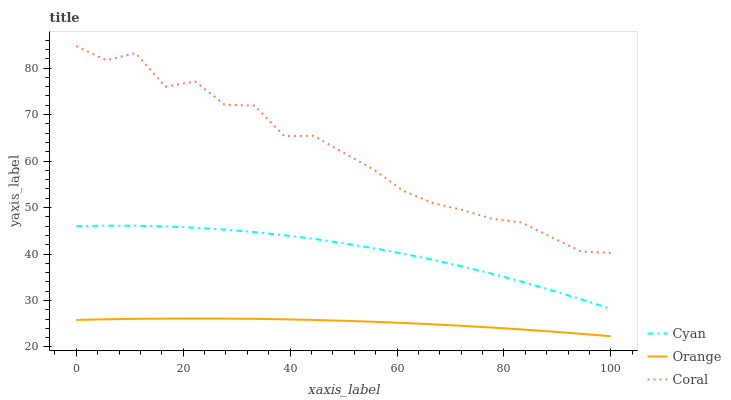
| xaxis_label | Cyan | Orange | Coral |
 | --- | --- | --- | --- |
 | 0 | 46 | 25.8 | 84.7 |
 | 5.56 | 46.1 | 26 | 81.7 |
 | 11.1 | 46.1 | 26.1 | 83.2 |
 | 16.7 | 45.9 | 26.1 | 76 |
 | 22.2 | 45.7 | 26.1 | 77.1 |
 | 27.8 | 45.2 | 26.1 | 72.1 |
 | 33.3 | 44.7 | 26.1 | 71.9 |
 | 38.9 | 44 | 26 | 65.4 |
 | 44.4 | 43.2 | 25.8 | 65.4 |
 | 50 | 42.3 | 25.6 | 61.8 |
 | 55.6 | 41.3 | 25.4 | 58.2 |
 | 61.1 | 40.1 | 25.2 | 53.6 |
 | 66.7 | 38.8 | 24.9 | 51 |
 | 72.2 | 37.3 | 24.6 | 49.5 |
 | 77.8 | 35.8 | 24.2 | 47.6 |
 | 83.3 | 34.1 | 23.8 | 46.8 |
 | 88.9 | 32.2 | 23.3 | 43.6 |
 | 94.4 | 30.3 | 22.8 | 40.5 |
 | 100 | 28.2 | 22.3 | 40.2 |